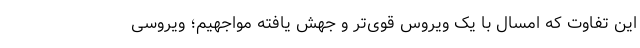
این تفاوت که امسال با یک ویروس قوی‌تر و جهش یافته مواجهیم؛ ویروسی